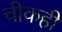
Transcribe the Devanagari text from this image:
चीकही